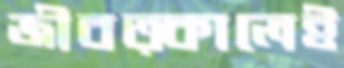
জীবত্কালেই